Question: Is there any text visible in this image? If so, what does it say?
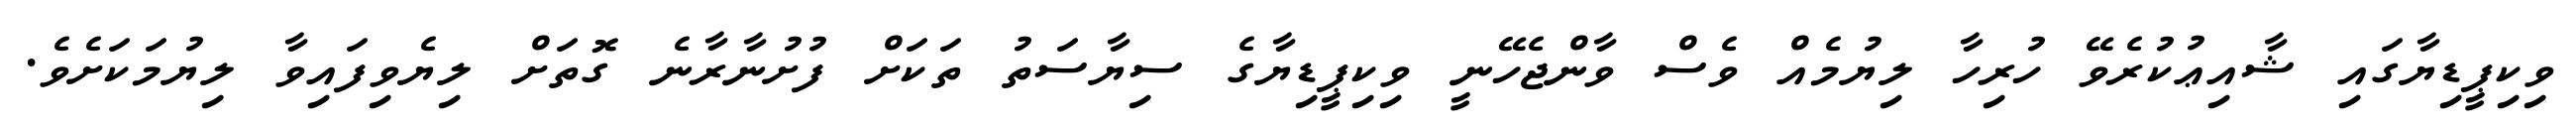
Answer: ވިކިޕީޑިޔާގައި ޝާއިޢުކުރެވޭ ހުރިހާ ލިޔުމެއް ވެސް ވާންޖެހޭނީ ވިކިޕީޑިޔާގެ ސިޔާސަތު ތަކަށް ފުށުނާރާނެ ގޮތަށް ލިޔެވިފައިވާ ލިޔުމަކަށެވެ.